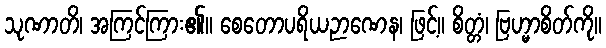
သုဏာတိ၊ အကြင်ကြား၏။ စေတောပရိယဉာဏေန၊ ဖြင့်။ စိတ္တံ၊ ဗြဟ္မာစိတ်ကို။